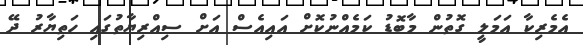
އެމެރިކާ އަމަލީ ގޮތުން މާބޮޑު ކަމެއްނުކޮށް އައިއެސް އަށް ސިއްރިޔާތުގައި ހަތިޔާރު ދޭ